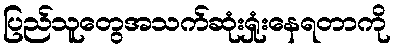
ပြည်သူတွေအသက်ဆုံးရှုံးနေရတာကို